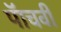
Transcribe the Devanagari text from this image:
पॅाचवी